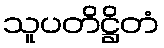
သူပတိဋ္ဌိတံ